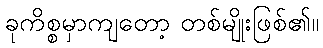
ခုကိစ္စမှာကျတော့ တစ်မျိုးဖြစ်၏။